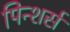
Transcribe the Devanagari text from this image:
पिन्शर्स